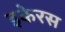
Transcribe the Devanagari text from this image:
इकेरस